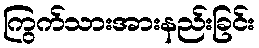
ကြွက်သားအားနည်းခြင်း